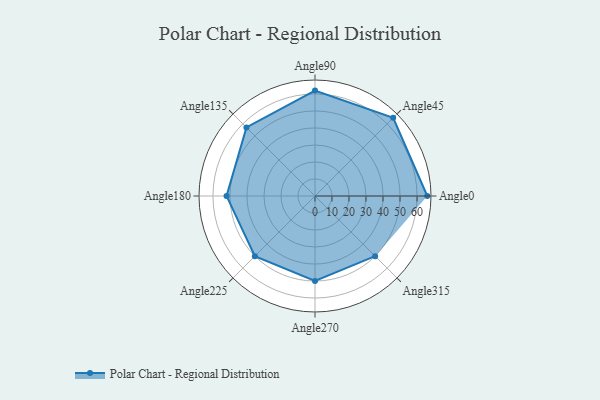
{"axis": {"x": "Angle", "y": "Radius"}, "legend": [""], "data": [{"x": "Angle0", "y": 66.0, "type": ""}, {"x": "Angle45", "y": 65.0, "type": ""}, {"x": "Angle90", "y": 62.0, "type": ""}, {"x": "Angle135", "y": 57.0, "type": ""}, {"x": "Angle180", "y": 52.0, "type": ""}, {"x": "Angle225", "y": 50, "type": ""}, {"x": "Angle270", "y": 50, "type": ""}, {"x": "Angle315", "y": 50, "type": ""}]}